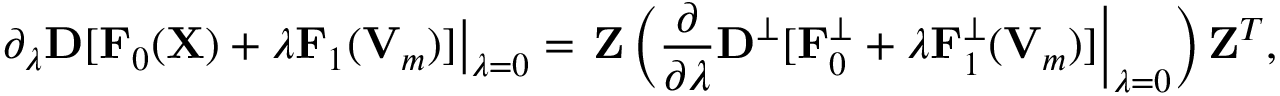
{ \displaystyle \left. { \partial } _ { \lambda } { \bf D } [ { \bf F } _ { 0 } ( { \bf X } ) + \lambda { \bf F } _ { 1 } ( { \bf V } _ { m } ) ] \right\vert _ { \lambda = 0 } = \left. { \bf Z } \left( \frac { \partial } { \partial \lambda } { \bf D } ^ { \perp } [ { \bf F } _ { 0 } ^ { \perp } + \lambda { \bf F } _ { 1 } ^ { \perp } ( { \bf V } _ { m } ) ] \right\vert _ { \lambda = 0 } \right) { \bf Z } ^ { T } } ,